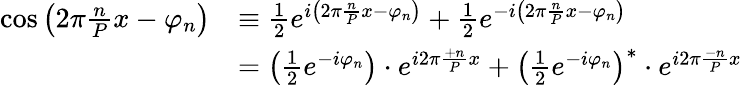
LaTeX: {\begin{array}{rl}{\cos\left(2\pi{\frac{n}{P}}x-\varphi_{n}\right)}&{\equiv{\frac{1}{2}}e^{i\left(2\pi{\frac{n}{P}}x-\varphi_{n}\right)}+{\frac{1}{2}}e^{-i\left(2\pi{\frac{n}{P}}x-\varphi_{n}\right)}}\\ &{=\left({\frac{1}{2}}e^{-i\varphi_{n}}\right)\cdot e^{i2\pi{\frac{+n}{P}}x}+\left({\frac{1}{2}}e^{-i\varphi_{n}}\right)^{*}\cdot e^{i2\pi{\frac{-n}{P}}x}}\end{array}}